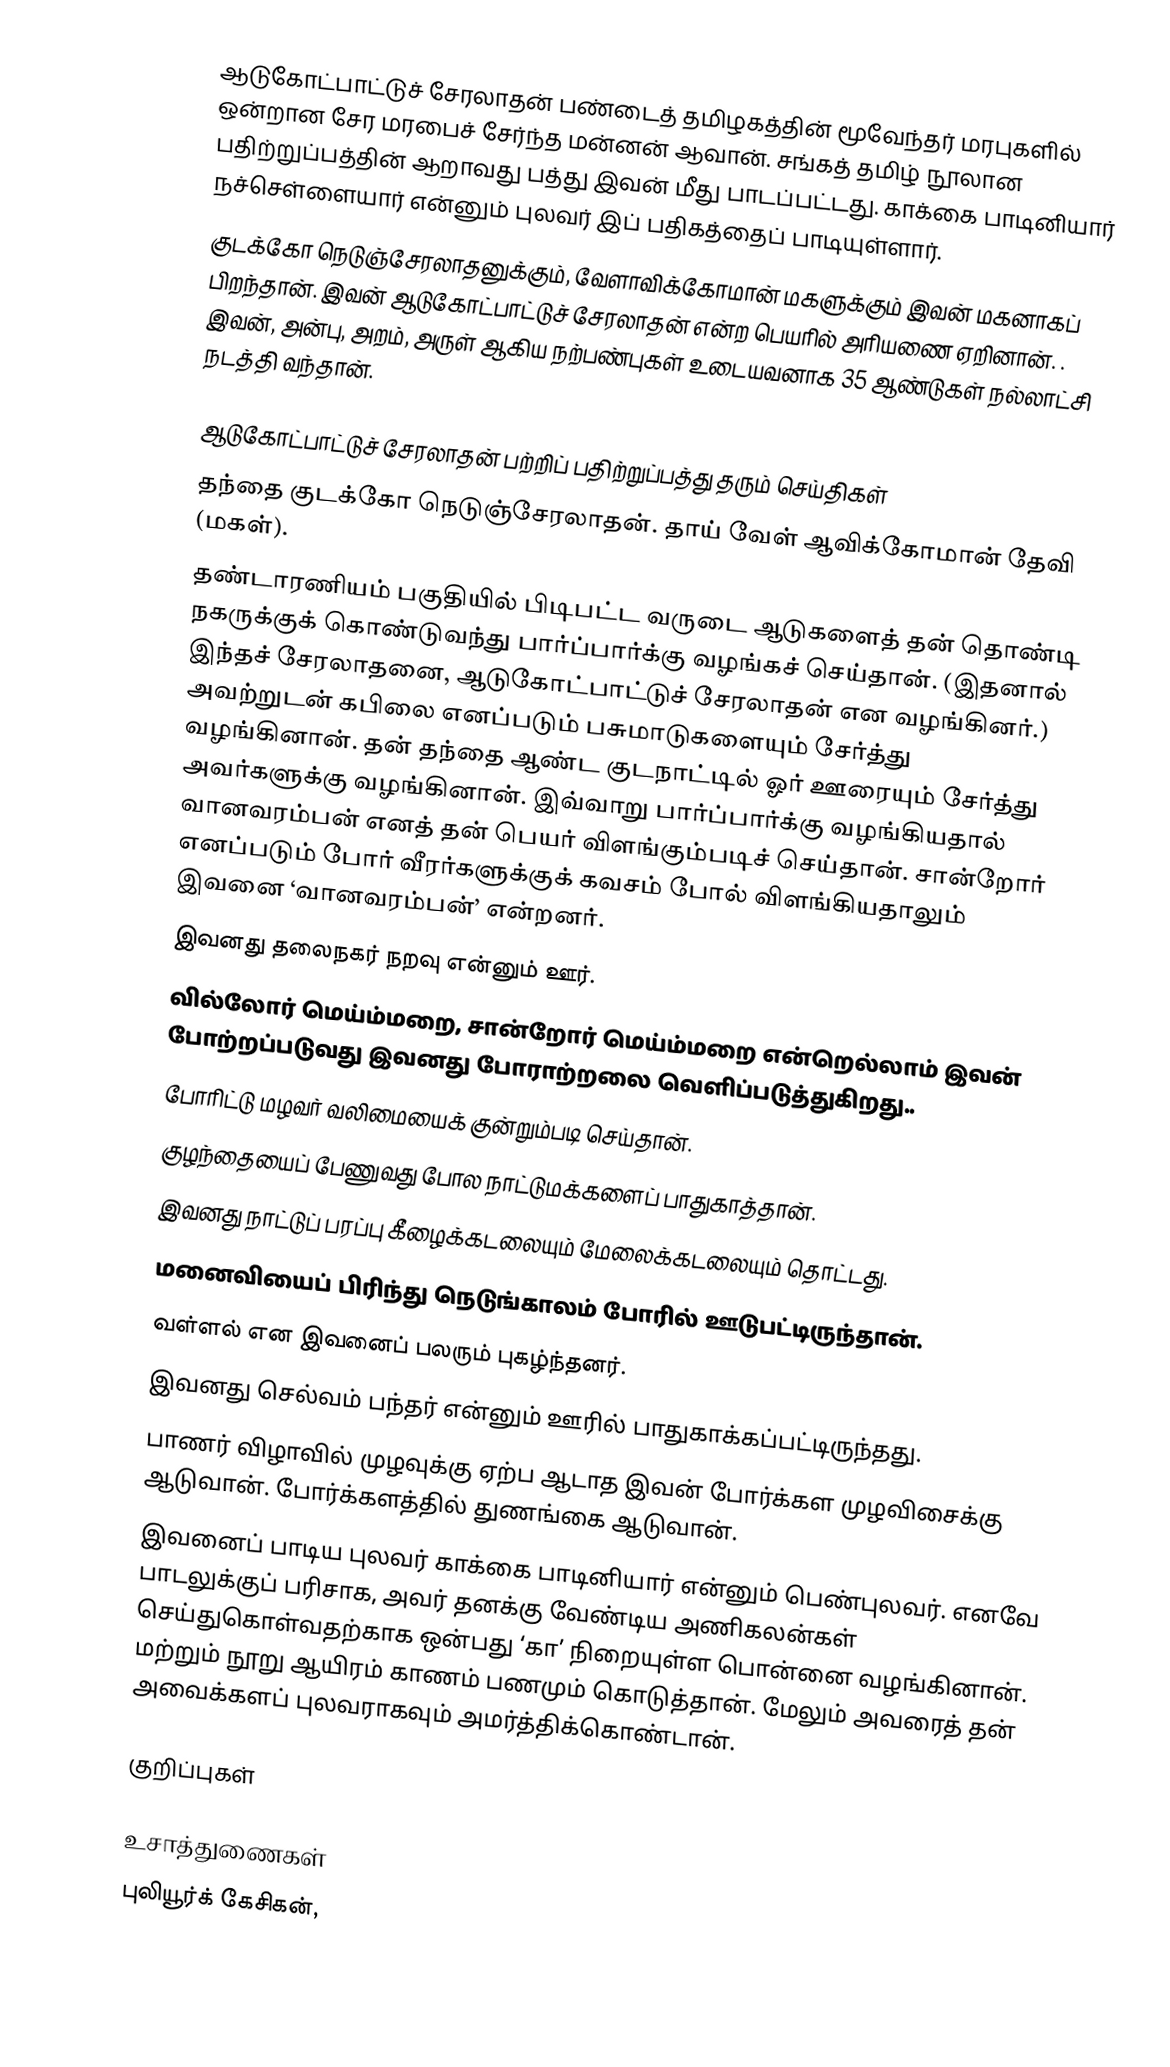
ஆடுகோட்பாட்டுச் சேரலாதன் பண்டைத் தமிழகத்தின் மூவேந்தர் மரபுகளில் ஒன்றான சேர மரபைச் சேர்ந்த மன்னன் ஆவான். சங்கத் தமிழ் நூலான பதிற்றுப்பத்தின் ஆறாவது பத்து இவன் மீது பாடப்பட்டது. காக்கை பாடினியார் நச்செள்ளையார் என்னும் புலவர் இப் பதிகத்தைப் பாடியுள்ளார்.
குடக்கோ நெடுஞ்சேரலாதனுக்கும், வேளாவிக்கோமான் மகளுக்கும் இவன் மகனாகப் பிறந்தான். இவன் ஆடுகோட்பாட்டுச் சேரலாதன் என்ற பெயரில் அரியணை ஏறினான். . இவன், அன்பு, அறம், அருள் ஆகிய நற்பண்புகள் உடையவனாக 35 ஆண்டுகள் நல்லாட்சி நடத்தி வந்தான்.

ஆடுகோட்பாட்டுச் சேரலாதன் பற்றிப் பதிற்றுப்பத்து தரும் செய்திகள்
தந்தை குடக்கோ நெடுஞ்சேரலாதன். தாய் வேள் ஆவிக்கோமான் தேவி (மகள்).
தண்டாரணியம் பகுதியில் பிடிபட்ட வருடை ஆடுகளைத் தன் தொண்டி நகருக்குக் கொண்டுவந்து பார்ப்பார்க்கு வழங்கச் செய்தான். (இதனால் இந்தச் சேரலாதனை, ஆடுகோட்பாட்டுச் சேரலாதன் என வழங்கினர்.) அவற்றுடன் கபிலை எனப்படும் பசுமாடுகளையும் சேர்த்து வழங்கினான். தன் தந்தை ஆண்ட குடநாட்டில் ஓர் ஊரையும் சேர்த்து அவர்களுக்கு வழங்கினான். இவ்வாறு பார்ப்பார்க்கு வழங்கியதால் வானவரம்பன் எனத் தன் பெயர் விளங்கும்படிச் செய்தான்.  சான்றோர் எனப்படும் போர் வீரர்களுக்குக் கவசம் போல் விளங்கியதாலும் இவனை ‘வானவரம்பன்’ என்றனர்.
இவனது தலைநகர் நறவு என்னும் ஊர்.
 வில்லோர் மெய்ம்மறை,  சான்றோர் மெய்ம்மறை  என்றெல்லாம் இவன் போற்றப்படுவது இவனது போராற்றலை வெளிப்படுத்துகிறது..
போரிட்டு மழவர் வலிமையைக் குன்றும்படி செய்தான்.
குழந்தையைப் பேணுவது போல நாட்டுமக்களைப் பாதுகாத்தான்.
இவனது நாட்டுப் பரப்பு கீழைக்கடலையும் மேலைக்கடலையும் தொட்டது.
மனைவியைப் பிரிந்து நெடுங்காலம் போரில் ஊடுபட்டிருந்தான்.
வள்ளல் என இவனைப் பலரும் புகழ்ந்தனர்.
இவனது செல்வம் பந்தர் என்னும் ஊரில் பாதுகாக்கப்பட்டிருந்தது.
பாணர் விழாவில் முழவுக்கு ஏற்ப ஆடாத இவன் போர்க்கள முழவிசைக்கு ஆடுவான்.  போர்க்களத்தில் துணங்கை ஆடுவான்.
இவனைப் பாடிய புலவர் காக்கை பாடினியார் என்னும் பெண்புலவர். எனவே பாடலுக்குப் பரிசாக, அவர் தனக்கு வேண்டிய அணிகலன்கள் செய்துகொள்வதற்காக ஒன்பது ‘கா’ நிறையுள்ள பொன்னை வழங்கினான். மற்றும் நூறு ஆயிரம் காணம் பணமும் கொடுத்தான். மேலும் அவரைத் தன் அவைக்களப் புலவராகவும் அமர்த்திக்கொண்டான்.

குறிப்புகள்

உசாத்துணைகள்
 புலியூர்க் கேசிகன்,